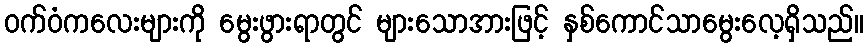
ဝက်ဝံကလေးများကို မွေးဖွားရာတွင် များသောအားဖြင့် နှစ်ကောင်သာမွေးလေ့ရှိသည်။